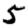
Digit: 5